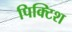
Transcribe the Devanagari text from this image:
पिक्टिश